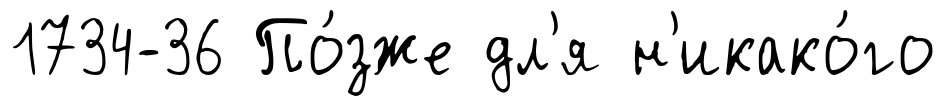
1734-36 По́зже дл'я н'икако́го